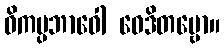
ဝိကပ္ပဘာဝေါ ဝေဒိတဗ္ဗော။